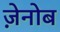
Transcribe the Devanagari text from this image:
ज़ेनोब